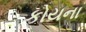
કોયના